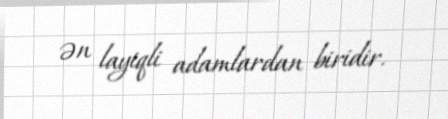
ən layiqli adamlardan biridir.